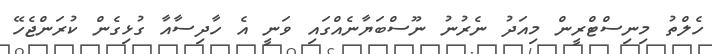
ހެލްތު މިނިސްޓްރީން މިއަދު ނެރުނު ނޫސްބަޔާނެއްގައި ވަނީ އެ ހާދިސާއާ ގުޅިގެން ކުރަންޖެހޭ